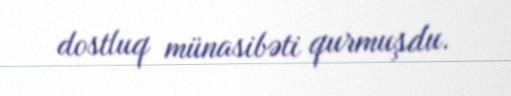
dostluq münasibəti qurmuşdu.